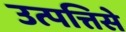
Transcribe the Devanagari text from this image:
उत्पत्तिसे